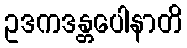
ဥဒကဒန္တပေါနာတိ